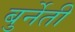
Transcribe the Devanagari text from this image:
बुर्नेती